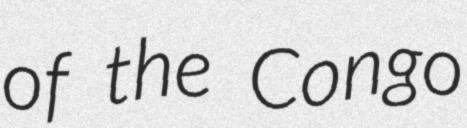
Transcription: of the Congo